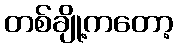
တစ်ချို့ကတော့